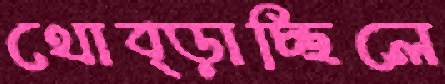
থোব্‌ড়াচ্ছিলে